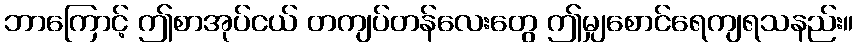
ဘာကြောင့် ဤစာအုပ်ငယ် တကျပ်တန်လေးတွေ ဤမျှစောင်ရေကျရသနည်း။